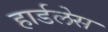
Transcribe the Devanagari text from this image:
हार्डलेस